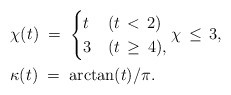
\begin{align*}&\chi (t) \; = \;\begin{cases}t & (t \, < \, 2)\\3 & (t \, \ge \, 4),\end{cases}\chi \, \le \, 3,\\&\kappa (t) \; = \; \arctan (t)/ \pi.\end{align*}